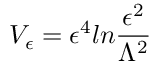
V _ { \epsilon } = \epsilon ^ { 4 } l n { \frac { \epsilon ^ { 2 } } { \Lambda ^ { 2 } } }